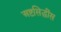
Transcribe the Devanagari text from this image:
अष्टसिद्धींस